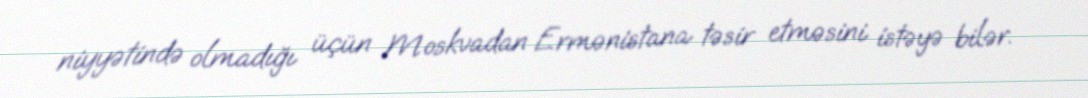
niyyətində olmadığı üçün Moskvadan Ermənistana təsir etməsini istəyə bilər.